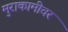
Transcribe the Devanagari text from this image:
मुराकामीवर